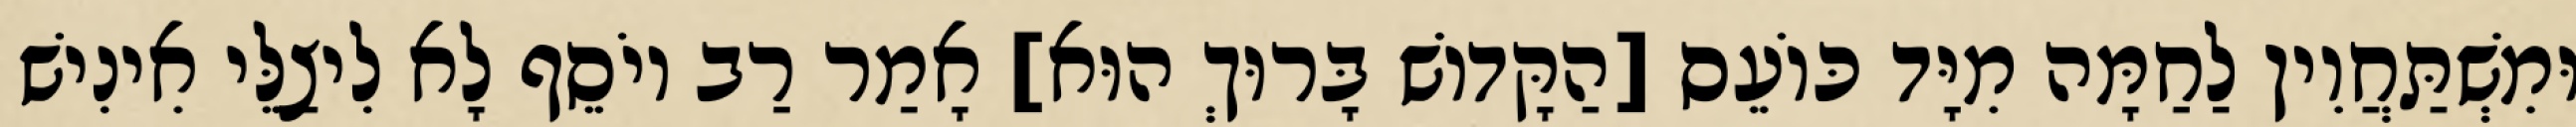
וּמִשְׁתַּחֲוִין לַחַמָּה מִיָּד כּוֹעֵס [הַקָּדוֹשׁ בָּרוּךְ הוּא] אָמַר רַב יוֹסֵף לָא לִיצַלֵּי אִינִישׁ